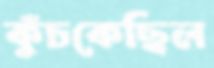
কুঁচকেছিল